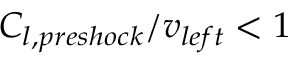
C _ { l , p r e s h o c k } / v _ { l e f t } < 1